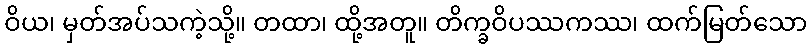
ဝိယ၊ မှတ်အပ်သကဲ့သို့။ တထာ၊ ထို့အတူ။ တိက္ခဝိပဿကဿ၊ ထက်မြတ်သော